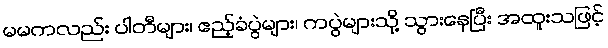
မမကလည်း ပါတီများ၊ ဧည့်ခံပွဲများ၊ ကပွဲများသို့ သွားနေပြီး အထူးသဖြင့်